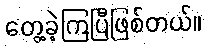
တွေ့ခဲ့ကြပြီဖြစ်တယ်။